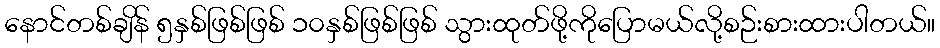
နောင်တစ်ချိန် ၅နှစ်ဖြစ်ဖြစ် ၁၀နှစ်ဖြစ်ဖြစ် သွားထုတ်ဖို့ကိုပြောမယ်လို့စဉ်းစားထားပါတယ်။